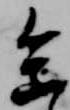
参